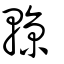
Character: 輬